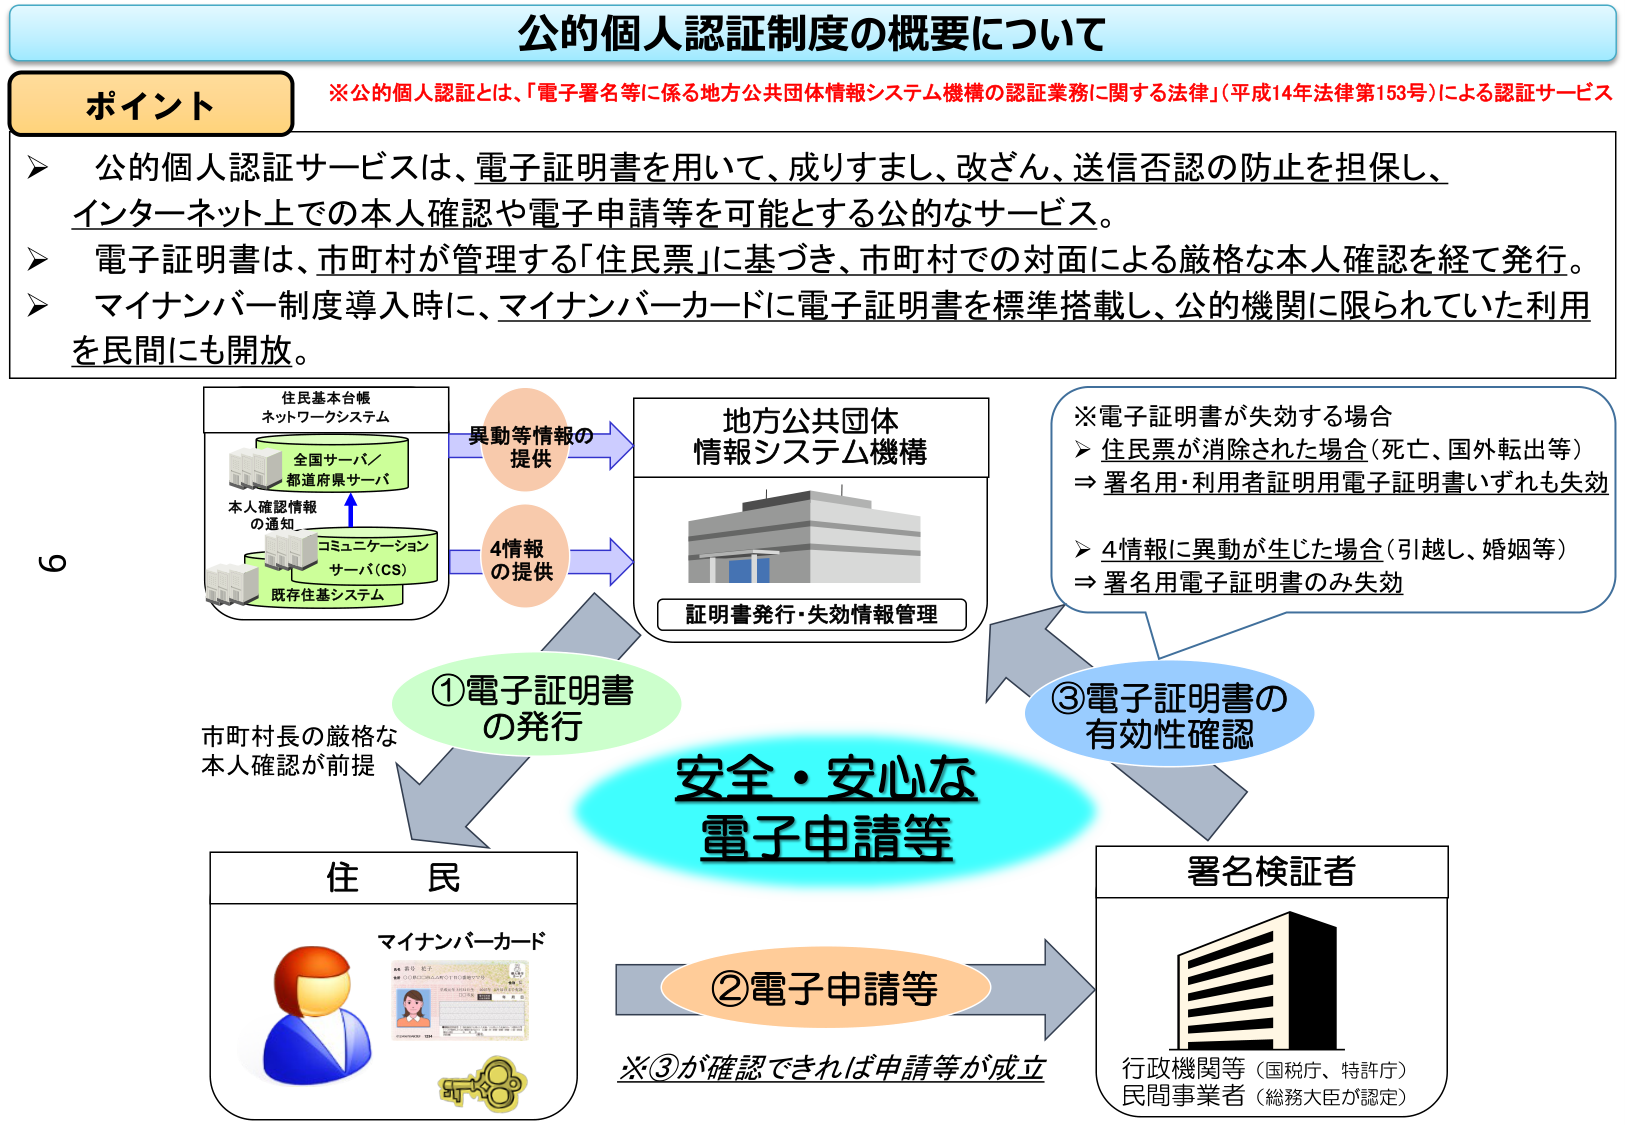
公的個人認証制度の概要について

※公的個人認証とは、「電子署名等に係る地方公共団体情報システム機構の認証業務に関する法律」（平成14年法律第153号）による認証サービス

ポイント
▶ 公的個人認証サービスは、電子証明書を用いて、成りすまし、改ざん、送信否認の防止を担保し、インターネット上での本人確認や電子申請等を可能とする公的なサービス。
▶ 電子証明書は、市町村が管理する「住民票」に基づき、市町村での対面による厳格な本人確認を経て発行。
▶ マイナンバー制度導入時に、マイナンバーカードに電子証明書を標準搭載し、公的機関に限られていた利用を民間にも開放。

住民基本台帳
ネットワークシステム
全国サーバ／
都道府県サーバ
本人確認情報
の通知
コミュニケーション
サーバ（CS）
既存住基システム

異動等情報の
提供

地方公共団体
情報システム機構
証明書発行・失効情報管理

4情報
の提供

※電子証明書が失効する場合
▶ 住民票が消除された場合（死亡、国外転出等）
⇒ 署名用・利用者証明用電子証明書いずれも失効
▶ 4情報に異動が生じた場合（引越し、婚姻等）
⇒ 署名用電子証明書のみ失効

①電子証明書
の発行
市町村長の厳格な
本人確認が前提

安全・安心な
電子申請等

③電子証明書の
有効性確認

住 民
マイナンバーカード

②電子申請等
※③が確認できれば申請等が成立

署名検証者
行政機関等（国税庁、特許庁）
民間事業者（総務大臣が認定）